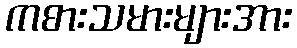
ကစားသမားများအား